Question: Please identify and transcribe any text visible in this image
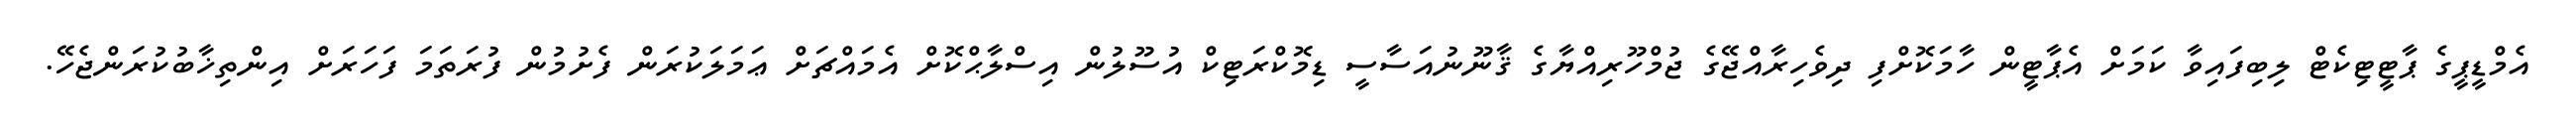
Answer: އެމްޑީޕީގެ ޕާޓީޓިކެޓް ލިބިފައިވާ ކަމަށް އެޕާޓީން ހާމަކޮށްފި ދިވެހިރާއްޖޭގެ ޖުމްހޫރިއްޔާގެ ޤާނޫނުއަސާސީ ޑިމޮކްރަޓިކް އުސޫލުން އިސްލާޙްކޮށް އެމައްޗަށް ޢަމަލަކުރަން ފެށުމުން ފުރަތަމަ ފަހަރަށް އިންތިޚާބުކުރަންޖެހޭ.